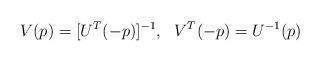
LaTeX: \begin{align*}V(p)=[U^T(-p)]^{-1}, \ \ V^T(-p)=U^{-1}(p)\end{align*}